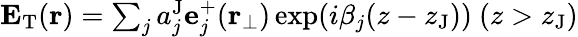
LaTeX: \begin{array}{r}{\mathbf{E}_{\mathrm{T}}(\mathbf{r})=\sum_{j}a_{j}^{\mathrm{J}}\mathbf{e}_{j}^{+}(\mathbf{r}_{\perp})\exp(i\beta_{j}(z-z_{\mathrm{J}}))\ (z>z_{\mathrm{J}})}\end{array}